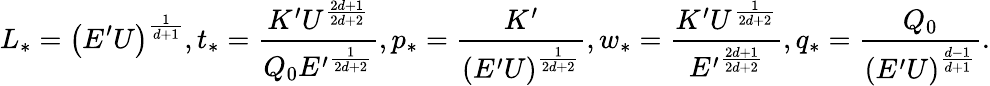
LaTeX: L_{*}=\left(E^{\prime}U\right)^{\frac{1}{d+1}},t_{*}=\frac{K^{\prime}U^{\frac{2d+1}{2d+2}}}{Q_{0}{E^{\prime}}^{\frac{1}{2d+2}}},p_{*}=\frac{K^{\prime}}{\left(E^{\prime}U\right)^{\frac{1}{2d+2}}},w_{*}=\frac{K^{\prime}U^{\frac{1}{2d+2}}}{{E^{\prime}}^{\frac{2d+1}{2d+2}}},q_{*}=\frac{Q_{0}}{\left(E^{\prime}U\right)^{\frac{d-1}{d+1}}}.